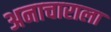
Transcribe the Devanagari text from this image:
अनाचाराला